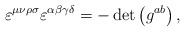
\begin{align*}\varepsilon ^{\mu \nu \rho \sigma }\varepsilon ^{\alpha \beta \gamma \delta}=-\det \left( g^{ab}\right) ,\end{align*}